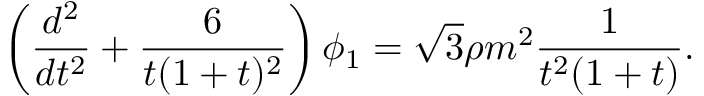
\left( \frac { d ^ { 2 } } { d t ^ { 2 } } + \frac { 6 } { t ( 1 + t ) ^ { 2 } } \right) \phi _ { 1 } = \sqrt { 3 } \rho m ^ { 2 } \frac { 1 } { t ^ { 2 } ( 1 + t ) } .